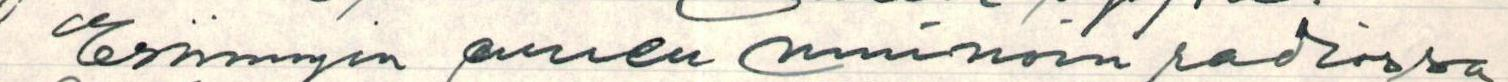
Esiinnyin ennen muinoin radiossa